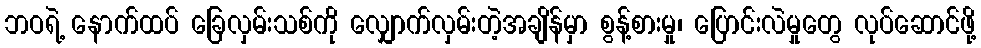
ဘဝရဲ့ နောက်ထပ် ခြေလှမ်းသစ်ကို လျှောက်လှမ်းတဲ့အချိန်မှာ စွန့်စားမှု၊ ပြောင်းလဲမှုတွေ လုပ်ဆောင်ဖို့